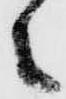
之